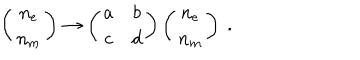
LaTeX: \left( \begin{array} { c } { { n _ { e } } } \\ { { n _ { m } } } \\ \end{array} \right) \to \left( \begin{array} { c c } { { a } } & { { b } } \\ { { c } } & { { d } } \\ \end{array} \right) \left( \begin{array} { c } { { n _ { e } } } \\ { { n _ { m } } } \\ \end{array} \right) \ .